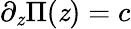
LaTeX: \partial_{\mathit{z}}\Pi(\mathit{z})=c